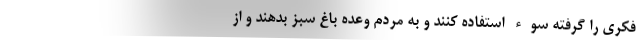
فکری را گرفته سوء استفاده کنند و به مردم وعده باغ سبز بدهند و از